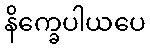
နိက္ခေပါယပေ